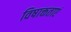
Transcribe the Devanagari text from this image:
विषाक्तताएं